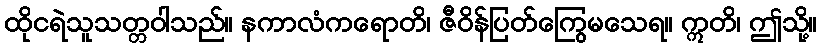
ထိုငရဲသူသတ္တဝါသည်။ နကာလံကရောတိ၊ ဇီဝိန်ပြတ်ကြွေမသေရ။ ဣတိ၊ ဤသို့။